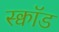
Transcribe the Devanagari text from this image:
स्क्वॉड